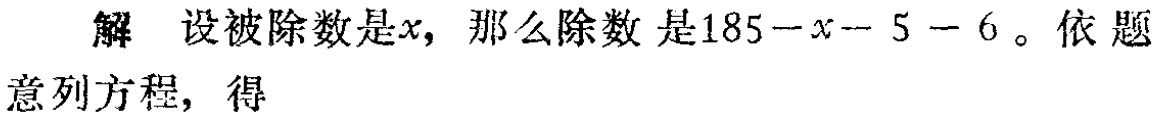
解 设被除数是\(x\)，那么除数 是\(185 - x - 5 - 6\)。依 题

意列方程，得